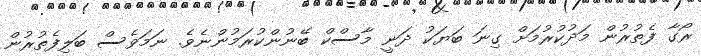
ރޯގާ ފެތުރުން މަދުކުރުމަށް ގިނަ ބަޔަކު ދަނީ މާސްކް ބޭނުންކުރަމުންނެވެ. ނަމަވެސް ބަލިފެތުރުން